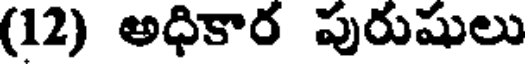
(12) అధికార పురుషులు